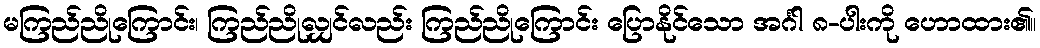
မကြည်ညိုကြောင်း၊ ကြည်ညိုလျှင်လည်း ကြည်ညိုကြောင်း ပြောနိုင်သော အင်္ဂါ ၈-ပါးကို ဟောထား၏။